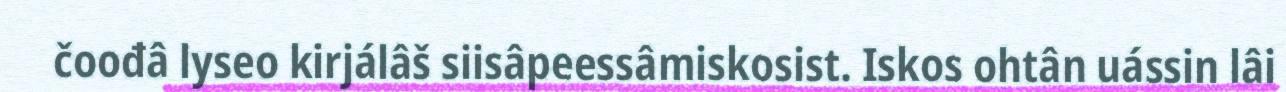
čoođâ lyseo kirjálâš siisâpeessâmiskosist. Iskos ohtân uássin lâi